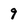
Character: 9